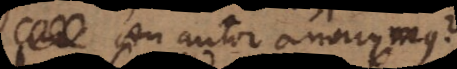
An autor anonymus?